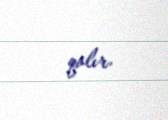
qalır.